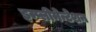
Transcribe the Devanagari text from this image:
इम्प्लीमेन्टेशन